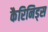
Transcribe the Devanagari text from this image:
कैरिनिड्स